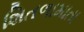
શિતળામાતા